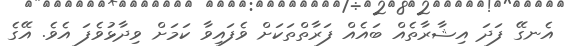
އެނގޭ ފަދަ އިޝާރާތެއް ބައެއް ފަރާތްތަކަށް ވެފައިވާ ކަމަށް ވިދާޅުވެފަ އެވެ. އޭގެ